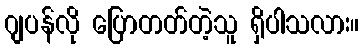
ဂျပန်လို ပြောတတ်တဲ့သူ ရှိပါသလား။